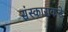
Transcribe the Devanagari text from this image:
संस्काराकडे